Report of the Imperial Institute of Veterinary Research, Muktesar
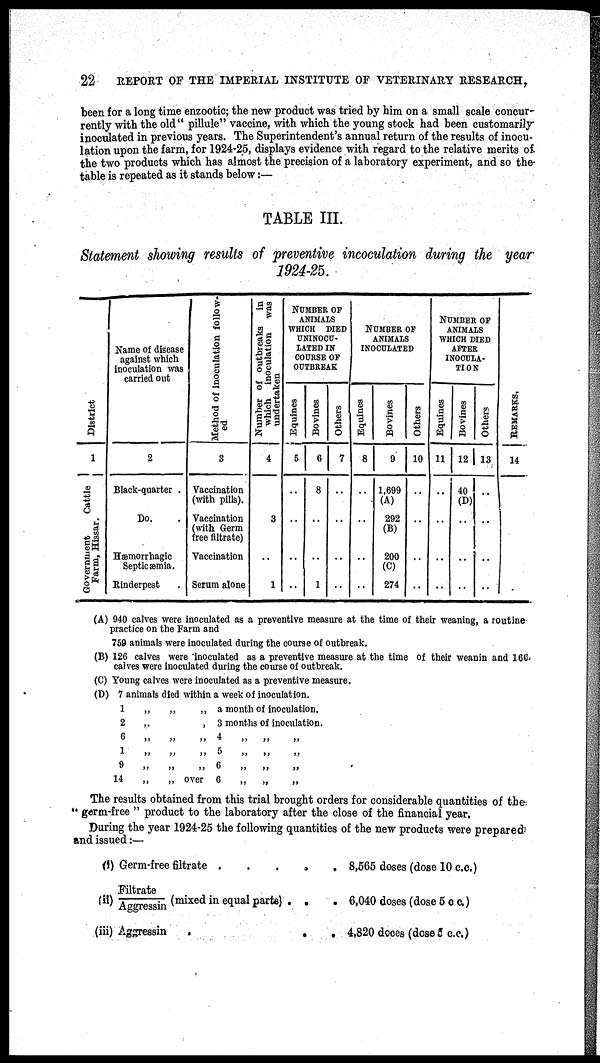
22
REPORT OF THE IMPERIAL INSTITUTE OF VETERINARY RESEARCH,
been for a long time enzootic; the new product was tried by him on a small scale concur-
rently with the old" pillule" vaccine, with which the young stock had been customarily
inoculated in previous years. The Superintendent's annual return of the results of inocu-
lation upon the farm, for 1924-25, displays evidence with regard to the relative merits of
the two products which has almost the precision of a laboratory experiment, and so the
table is repeated as it stands below :—
TABLE III.
Statement showing results of preventive incoculation during the year
1924-25.
Di st r i
ct
1
Government
Cattle
Farm, Hissar.
Name of disease
against which
inoculation was
carried out
2
Black-quarter .
Do. .
Hæmorrhagic
Septicæmia.
Rinderpest .
Method of inoculation follow-
ed
3
Vaccination
(with pills).
Vaccination
(with Germ
free filtrate)
Vaccination
Serum alone
Number
of outbreaks
in
which inoculation was
undertaken
4
3
..
1
NUMBER OF
ANIMALS
WHICH DIED
UNINOCU¬
LATED IN
COURSE OF
OUTBREAK
Equines
5
..
..
..
..
Bovines
6
8
..
..
1
Others
7
..
..
..
..
NUMBER OF
ANIMALS
INOCULATED
Equines
8
..
..
..
..
Bovines
9
1,699
(A)
292
(B)
200
(C)
274
Others
10
..
..
..
..
NUMBER OF
ANIMALS
WHICH DIED
AFTER
INOCULA-
TION
Equines
11
..
..
..
...
Bovines
12
40
(D)
..
..
..
Others
13
..
..
..
..
REMARKS.
14
(A) 940 calves were inoculated as a preventive measure at the time of their weaning, a routine
practice on the Farm and
759 animals were inoculated during the course of outbreak.
(B) 126 calves were inoculated as a preventive measure at the time of their weanin and 166
calves were inoculated during the course of outbreak.
(C) Young calves were inoculated as a preventive measure.
(D) 7 animals died within a week of inoculation.
1
2
6
1
9
14
„
„
„
„
„
„
„
„
„
„
„
„
„
„
„
„
„
over
a month of inoculation.
3 months of inocnlation.
4
5
6
6
„
„
„
„
„
„
„
„
„
„
„
„
The results obtained from this trial brought orders for considerable quantities of the
" germ-free " product to the laboratory after the close of the financial year.
During the year 1924-25 the following quantities of the new products were prepared
and issued :—
(i) Germ-free filtrate . . .
(ii) Fi l t rat e/ Aggressi n (mixed in equal parts) .
(iii) Aggressin
.
.
.
.
.
.
.
8,565 doses (dose 10 c.c.)
6,040 doses (dose 5 c.c.)
4,820 doces (dose 5 c.c.)